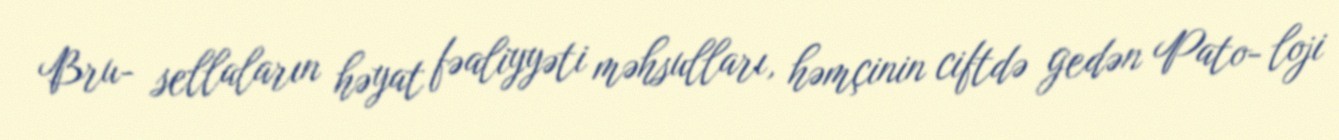
Bru- sellaların həyat fəaliyyəti məhsulları, həmçinin ciftdə gedən Pato- loji